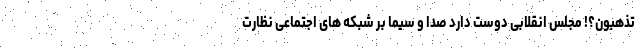
تذهبون؟! مجلس انقلابی دوست دارد صدا و سیما بر شبکه های اجتماعی نظارت